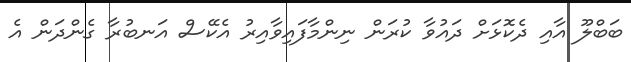
ބަބްލޫ އާއި ދެކޮޅަށް ދައުވާ ކުރަން ނިންމާފައިވާއިރު އެކޭސް އަނބުރާ ގެންދަން އެ